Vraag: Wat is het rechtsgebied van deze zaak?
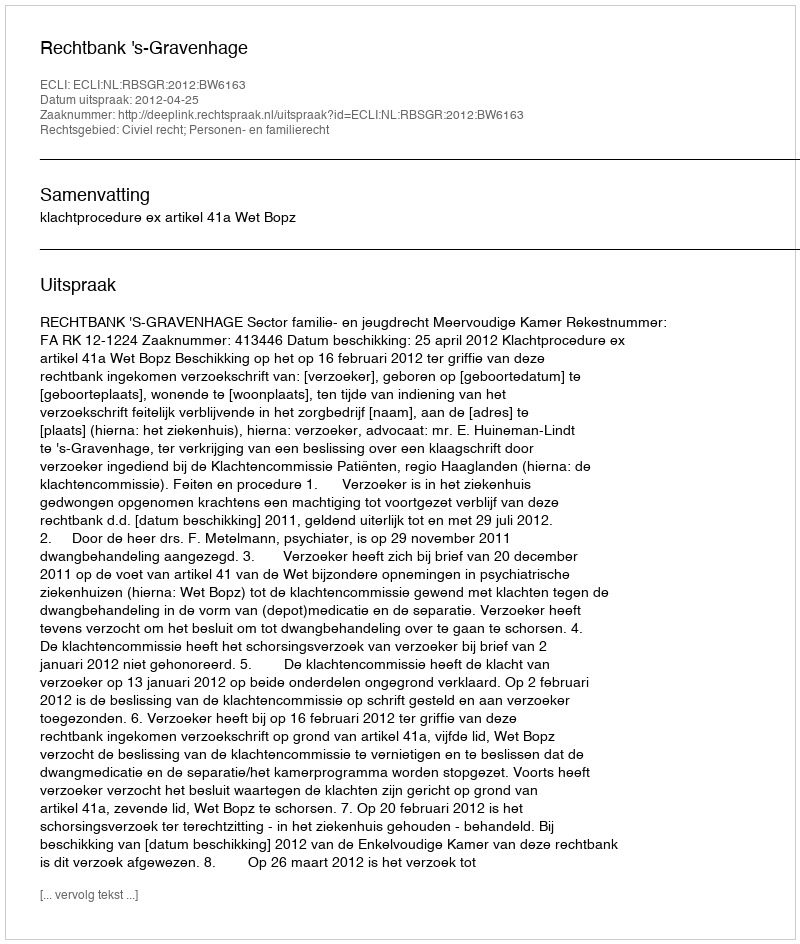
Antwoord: Civiel recht; Personen- en familierecht